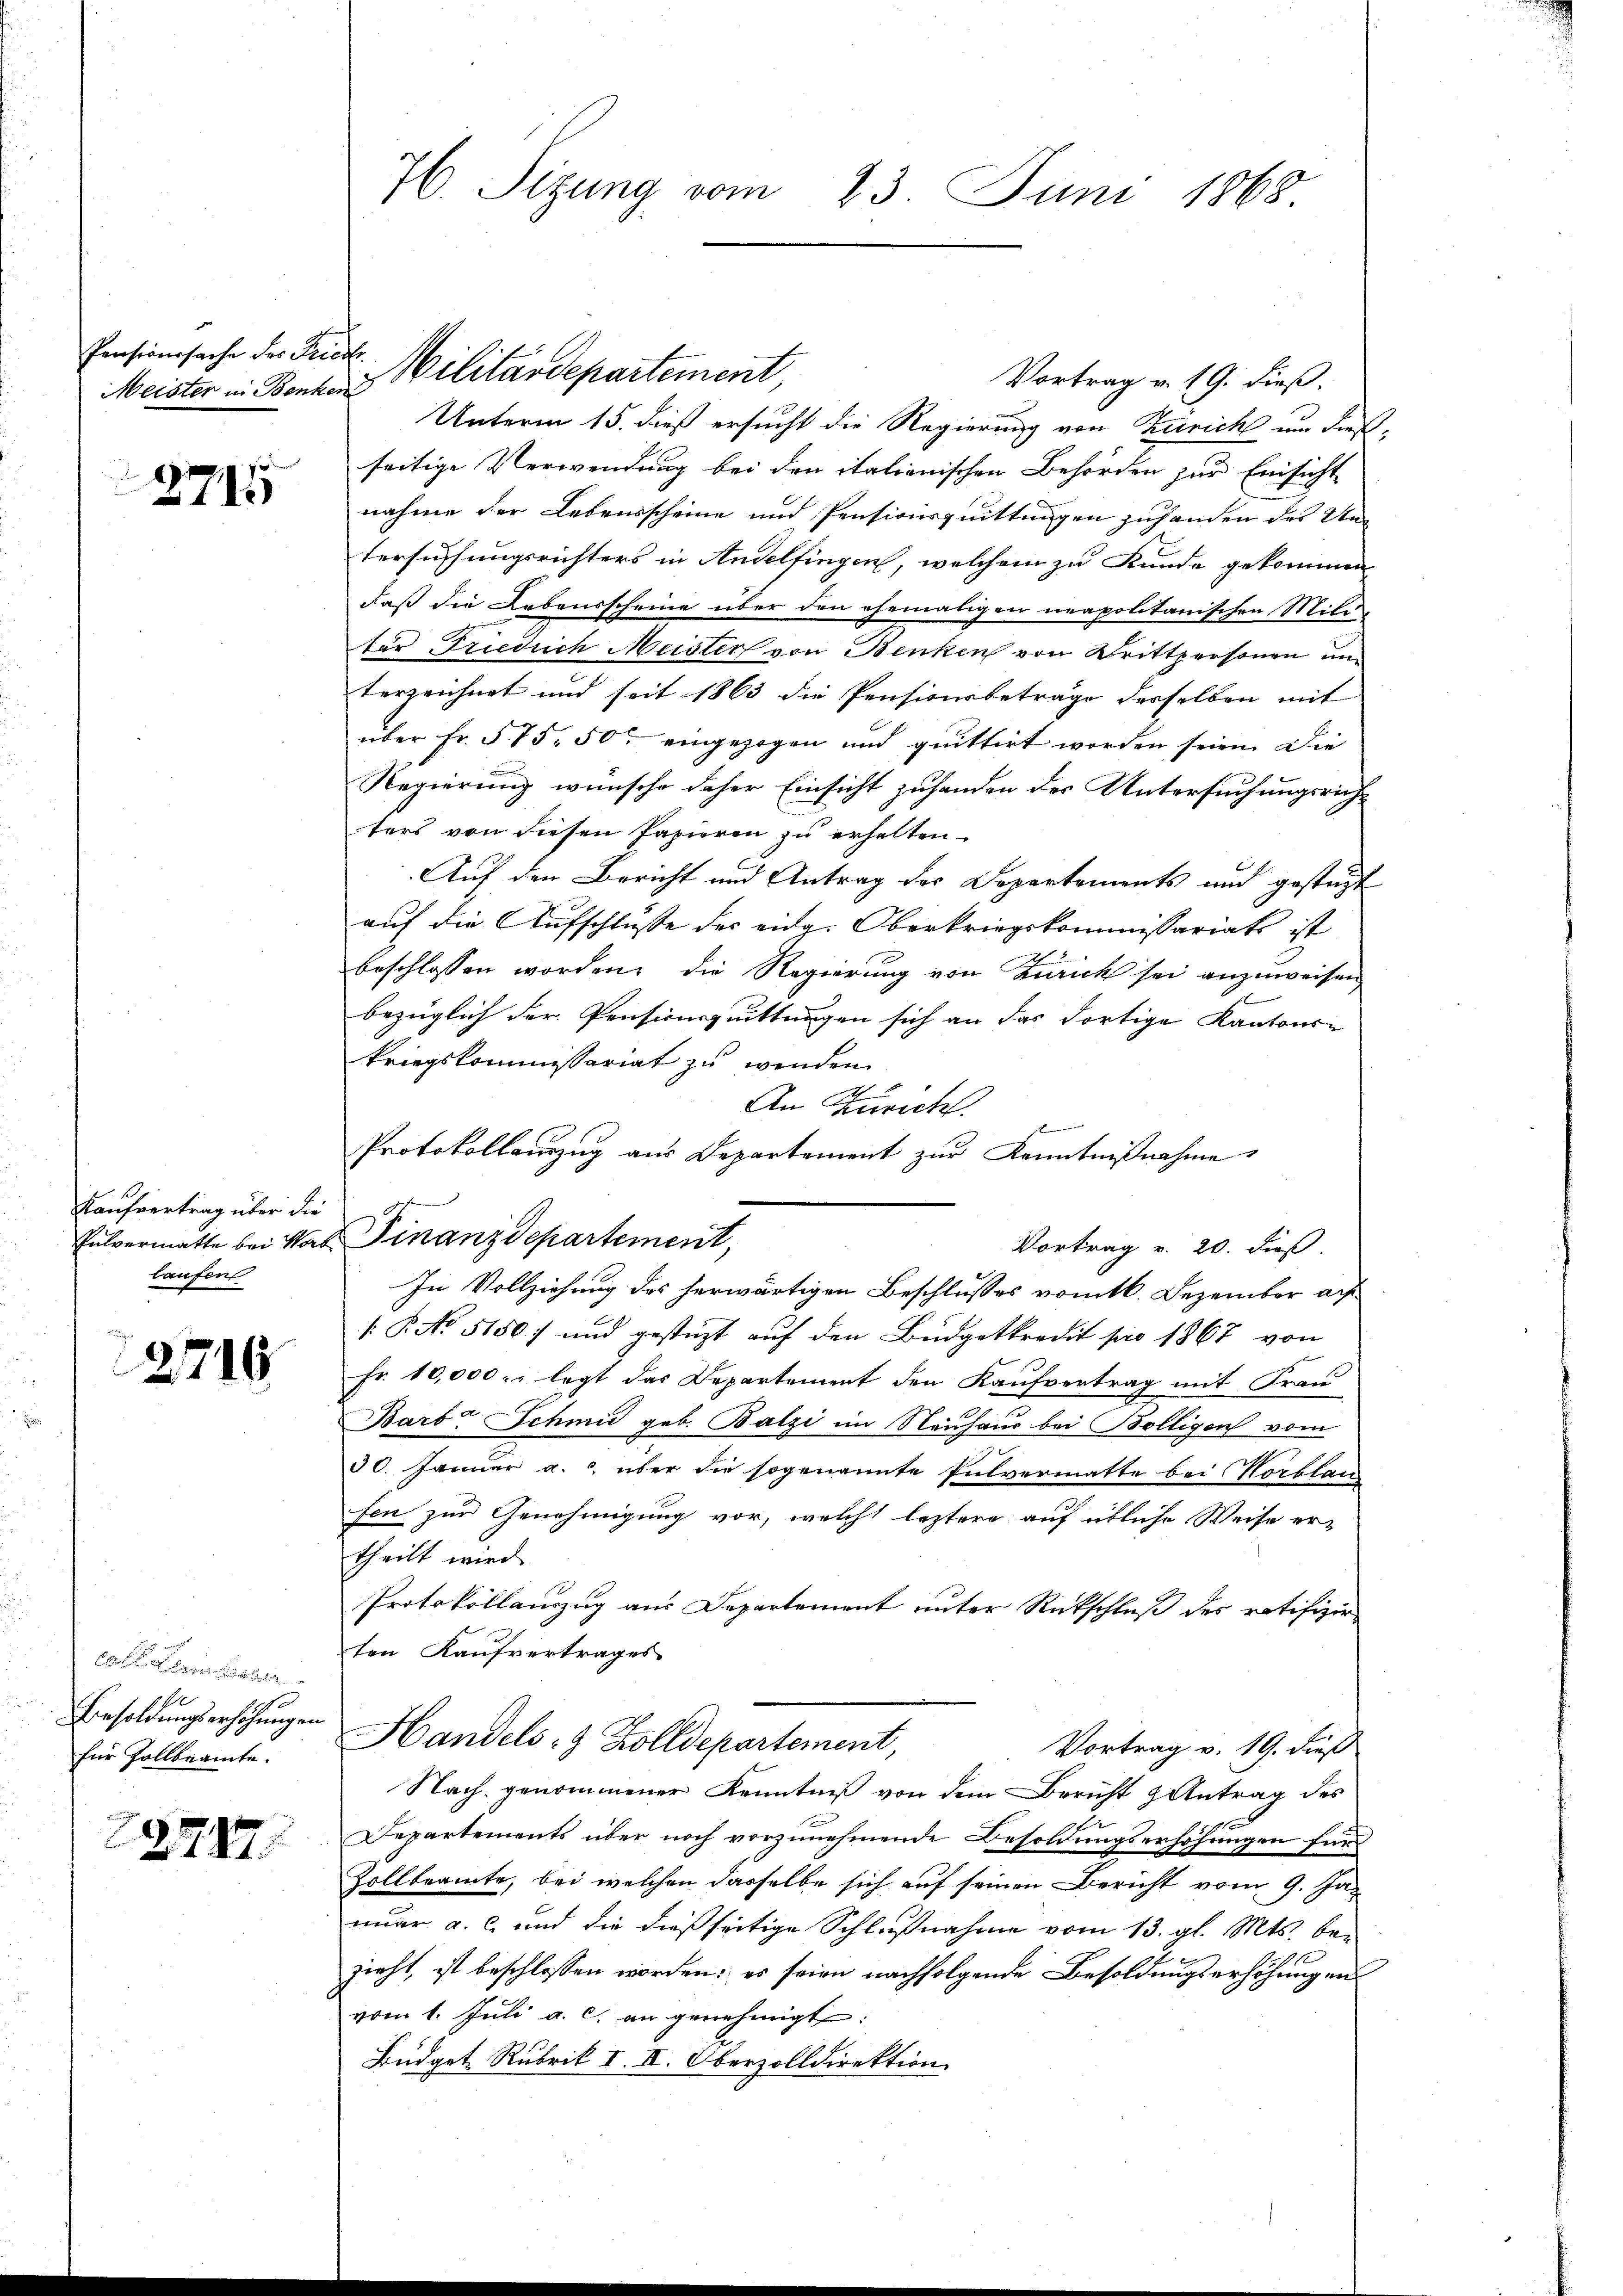
Pensionssache des Friedi
Meister in Benken

2715

Kaufvertrag über die
laufen

2716

für Zollbeamte.

72747.

76. Sitzung vom 23. Juni 1868

Vortrag v. 19. dieß.
Unterm 15. dieß ersucht die Regierung von Zürich um dieß
seitige Verwendung bei den italienischen Behörden zur Einsicht
nahme der Lebensscheine und Pensionsquittungen zuhanden des Un-
tersuchungsrichters in Andelfingen, welchem zu Kunde gekommen
daß die Lebensscheine über den ehemaligen neapolitanischen Mite
ter Friedrich Meister von Benken von Drittpersonen un
terzeichnet und seit 1863 die Pensionsbetrage desselben mit
über Fr. 575. 50 eingezogen und quittirt worden seien. Die
Regierung wünsche daher Einsicht zuhanden der Untersuchungsrichters von diesen Papieren zu erhalten.
Auf den Bericht und Antrag des Departements und gestüzt
auf die Aufschlusse der aug. Oberkriegskommissariats ist
beschlossen worden, die Regierung von Zürich sei anzuweisen
bezüglich der Pensionsquittungen sich an das dortige Kantons-
kriegskommissariat zu wenden.
2
An Zürich.
d
Protokollauszug aus Departement zur Kenntnißnahme
Pulvermatte bei Nat. Finanzdepartement,
Vortrag v. 20. dieß.
In Vollziehung des herwärtigen Beschlusses vom 16. Dezember auf
[: P. No 5150) und gestüzt auf den Büdgetkredit pro 1867 von
Fr. 10,000 legt das Departement den Kaufvertrag mit Frau
Barb. Schmid geb. Balzi im Neuhaus bei Bölligen vom
30. Januar a. c. über die sogenannte Pulvermatte bei Kortlau
fen zur Genehmigung vor, welche leztere auf übliche Weise er-
theilt wird
Protokollanzug aus Departement unter Rückschluß des ratifizier-
ten Kaufvertrages
Besoldungserhöhungen Handels- & Zolldepartement,
Vortrag v. 19. dieß
Nach genommener Kenntniß von dem Bericht & Antrag der
Departements über noch vorzunehmende Besoldungserhöhungen für
Zollbeamte, bei welchen dasselbe sich auf seinen Bericht vom 9. Januar a. c. und die dießseitige Schlußnahme vom 13. gl. Mts. bezieht, ist beschlossen worden; es seien nachfolgende Besoldungserhöhungen
vom 1. Juli a. c. an genehmigt:
Büdget Rubrik I. IV. Oberzolldirektion.

Militärdepartement